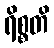
ရိစ္စတိ